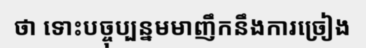
ថា ទោះបច្ចុប្បន្នមមាញឹកនឹងការច្រៀង